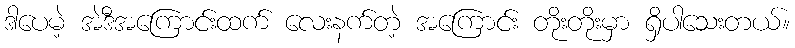
ဒါပေမဲ့ အဲဒီအကြောင်းထက် လေးနက်တဲ့ အကြောင်း တိုးတိုးမှာ ရှိပါသေးတယ်။